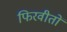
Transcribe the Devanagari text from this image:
फिरवीतों